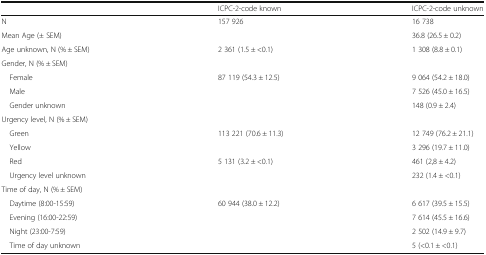
<table><thead><tr><td>[EMPTY_CELL]</td><td><b>ICPC-2-code known</b></td><td><b>ICPC-2-code unknown</b></td></tr></thead><tbody><tr><td>N</td><td>157 926</td><td>16 738</td></tr><tr><td>Mean Age (± SEM)</td><td>[EMPTY_CELL]</td><td>36.8 (26.5 ± 0.2)</td></tr><tr><td>Age unknown, N (% ± SEM)</td><td>2 361 (1.5 ± &lt;0.1)</td><td>1 308 (8.8 ± 0.1)</td></tr><tr><td colspan="3">Gender, N (% ± SEM)</td></tr><tr><td> Female</td><td>87 119 (54.3 ± 12.5)</td><td>9 064 (54.2 ± 18.0)</td></tr><tr><td> Male</td><td>[EMPTY_CELL]</td><td>7 526 (45.0 ± 16.5)</td></tr><tr><td> Gender unknown</td><td>[EMPTY_CELL]</td><td>148 (0.9 ± 2.4)</td></tr><tr><td colspan="3">Urgency level, N (% ± SEM)</td></tr><tr><td> Green</td><td>113 221 (70.6 ± 11.3)</td><td>12 749 (76.2 ± 21.1)</td></tr><tr><td> Yellow</td><td>[EMPTY_CELL]</td><td>3 296 (19.7 ± 11.0)</td></tr><tr><td> Red</td><td>5 131 (3.2 ± &lt;0.1)</td><td>461 (2,8 ± 4.2)</td></tr><tr><td> Urgency level unknown</td><td>[EMPTY_CELL]</td><td>232 (1.4 ± &lt;0.1)</td></tr><tr><td colspan="3">Time of day, N (% ± SEM)</td></tr><tr><td> Daytime (8:00-15:59)</td><td>60 944 (38.0 ± 12.2)</td><td>6 617 (39.5 ± 15.5)</td></tr><tr><td> Evening (16:00-22:59)</td><td>[EMPTY_CELL]</td><td>7 614 (45.5 ± 16.6)</td></tr><tr><td> Night (23:00-7:59)</td><td>[EMPTY_CELL]</td><td>2 502 (14.9 ± 9.7)</td></tr><tr><td> Time of day unknown</td><td>[EMPTY_CELL]</td><td>5 (&lt;0.1 ± &lt;0.1)</td></tr></tbody></table>